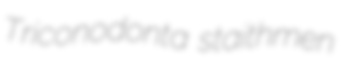
Triconodonta staithmen